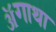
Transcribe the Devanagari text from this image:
ॲगाथा